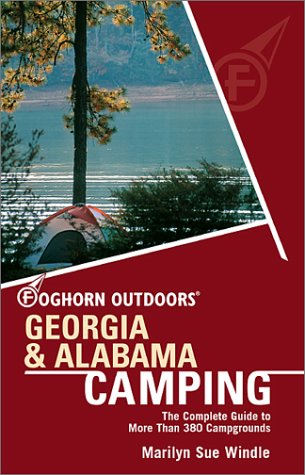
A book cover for Foghorn Outdoors Georgia and Alabama Camping: The Complete Guide to More Than 380 Campgrounds; Marilyn Sue Windle; Travel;